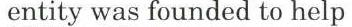
entity was founded to help